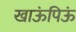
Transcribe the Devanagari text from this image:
खाऊंपिऊं